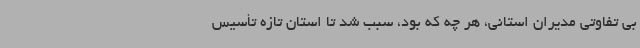
بی تفاوتی مدیران استانی، هر چه که بود، سبب شد تا استان تازه تأسیس